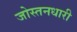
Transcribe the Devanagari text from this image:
जोस्तनधारी